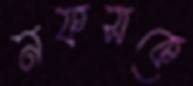
নফসকে